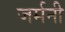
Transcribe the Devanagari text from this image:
जर्मनी